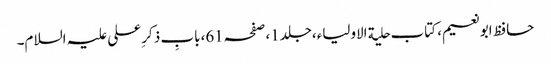
حافظ ابونعیم، کتاب حلیة الاولیاء،جلد1،صفحہ61،بابِ ذکر ِعلی علیہ السلام۔